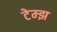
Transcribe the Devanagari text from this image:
टेम्झ